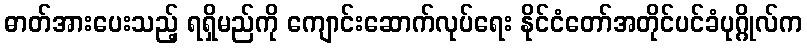
ဓာတ်အားပေးသည့် ရရှိမည်ကို ကျောင်းဆောက်လုပ်ရေး နိုင်ငံတော်အတိုင်ပင်ခံပုဂ္ဂိုလ်က